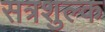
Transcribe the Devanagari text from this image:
सत्रशुल्क